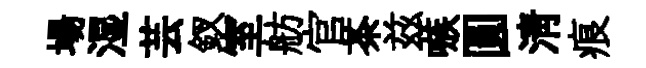
場湿芸釵室舫官茶兹嗾圓淸痕